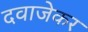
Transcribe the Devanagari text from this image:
दवाजेकर